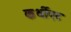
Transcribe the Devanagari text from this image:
कर्थीएट